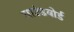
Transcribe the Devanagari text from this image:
साउंडबोर्ड